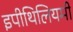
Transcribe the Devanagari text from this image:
इपीथिलियमी